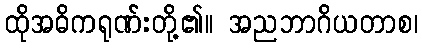
ထိုအဓိကရုဏ်းတို့၏။ အညဘာဂိယတာစ၊